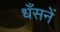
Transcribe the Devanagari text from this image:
धँसनें